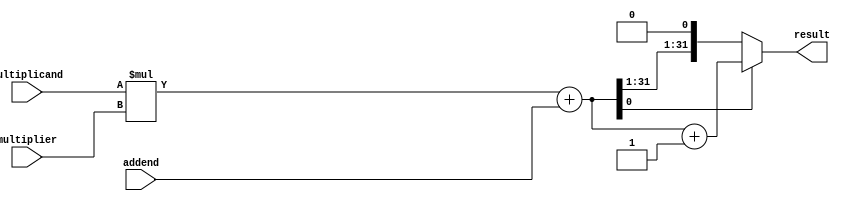
module Fused_Multiply_Add (
    input wire [31:0] multiplicand,
    input wire [31:0] multiplier,
    input wire [31:0] addend,
    output reg [31:0] result
);

// Multiplier
reg [31:0] mult_result;
always @* begin
    mult_result = multiplicand * multiplier;
end

// Adder
reg [31:0] add_result;
always @* begin
    add_result = mult_result + addend;
end

// Rounder
always @* begin
    if (add_result[0]) // Check if the LSB is 1
        result = add_result + 1; // Round up
    else
        result = add_result;
end

endmodule